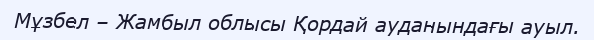
Мұзбел – Жамбыл облысы Қордай ауданындағы ауыл.